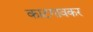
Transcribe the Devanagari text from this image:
काटगावकर